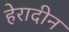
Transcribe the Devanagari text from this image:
हेरादीन